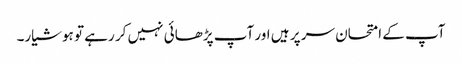
آپ کے امتحان سر پر ہیں اور آپ پڑھائی نہیں کر رہے تو ہوشیار۔